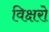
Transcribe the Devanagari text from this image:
विक्षरो